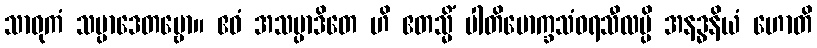
သာဓုကံ သမ္ပာဒေတဗ္ဗော။ ဧဝံ အသမ္ပာဒိတေ ဟိ ဧတသ္မိံ ပါတိမောက္ခသံဝရသီလမ္ပိ အနဒ္ဓနိယံ ဟောတိ